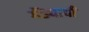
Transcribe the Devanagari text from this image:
गेंड्याची